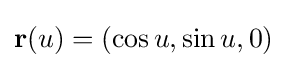
\mathbf {r} (u)=(\cos u,\sin u,0)